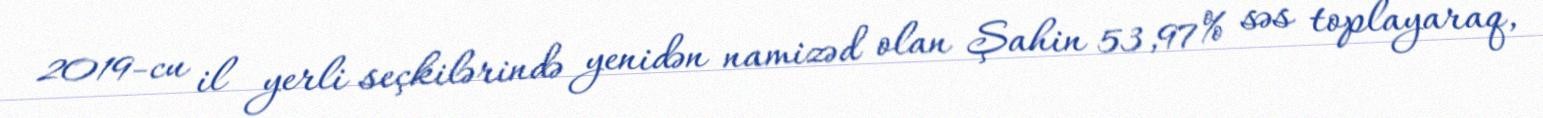
2019-cu il yerli seçkilərində yenidən namizəd olan Şahin 53,97% səs toplayaraq,